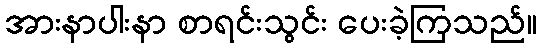
အားနာပါးနာ စာရင်းသွင်း ပေးခဲ့ကြသည်။